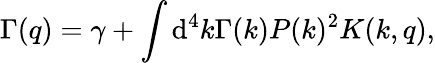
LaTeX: \Gamma(q)=\gamma+\int\mathrm{d}^{4}k\Gamma(k)P(k)^{2}K(k,q),